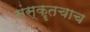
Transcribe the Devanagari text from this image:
संस्कॄतचाच